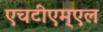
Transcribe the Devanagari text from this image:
एचटीएम्एल